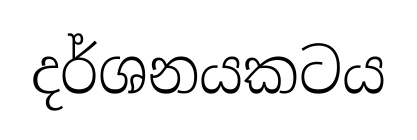
දර්ශනයකටය